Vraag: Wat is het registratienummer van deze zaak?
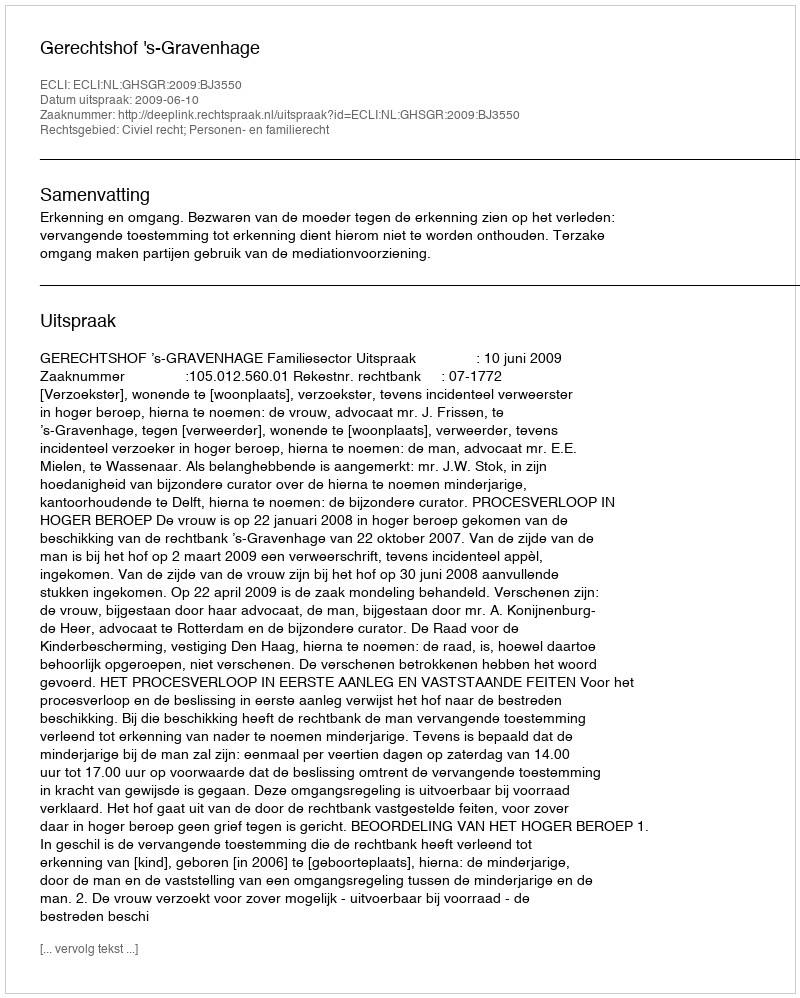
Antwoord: http://deeplink.rechtspraak.nl/uitspraak?id=ECLI:NL:GHSGR:2009:BJ3550